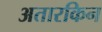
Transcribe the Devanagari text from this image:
अतारकिन